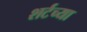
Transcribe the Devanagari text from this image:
शर्टच्या